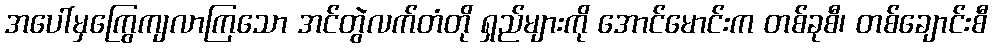
အပေါ်မှကြွေကျလာကြသော အင်တွဲလက်တံတို ရှည်များကို အောင်မောင်းက တစ်ခုစီ၊ တစ်ချောင်းစီ